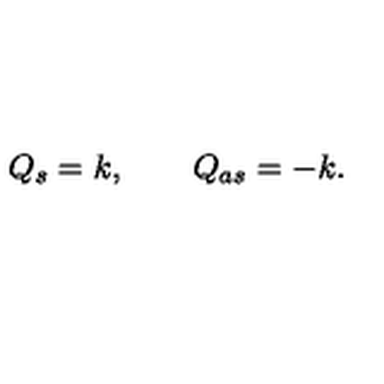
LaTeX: Q _ { s } = k , \qquad Q _ { a s } = - k .